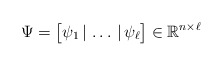
\begin{align*}\Psi=\big[\psi_1\,|\,\ldots\,|\,\psi_\ell\big]\in\mathbb R^{n\times \ell}\end{align*}